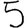
Digit: 5